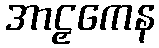
အာဠှကေန